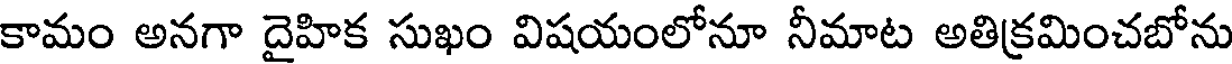
కామం అనగా దైహిక సుఖం విషయంలోనూ నీమాట అతిక్రమించబోను